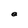
Character: e